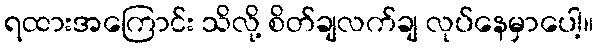
ရထားအကြောင်း သိလို့ စိတ်ချလက်ချ လုပ်နေမှာပေါ့။